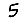
Digit: 5